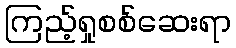
ကြည့်ရှုစစ်ဆေးရာ